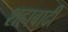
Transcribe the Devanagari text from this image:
शहाबादी